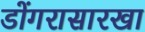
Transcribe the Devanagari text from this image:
डोंगरासारखा